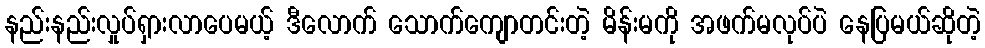
နည်းနည်းလှုပ်ရှားလာပေမယ့် ဒီလောက် သောက်ကျောတင်းတဲ့ မိန်းမကို အဖက်မလုပ်ပဲ နေပြမယ်ဆိုတဲ့